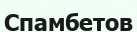
Спамбетов